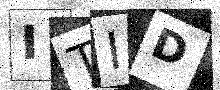
Text: ITID